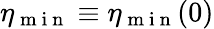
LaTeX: \eta_{\mathrm{~m~i~n~}}\equiv\eta_{\mathrm{~m~i~n~}}(0)